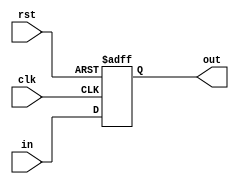
    module bit_27_reg (in , clk , rst , out);
input [26:0]in;
input clk;
input rst;
output reg [26:0]out;
always@(posedge rst or posedge clk)
begin
    if(rst)
        out <= 27'b 0000_0000_0000_0000_0000_0000_000;
    else
        out <= in;
end
endmodule